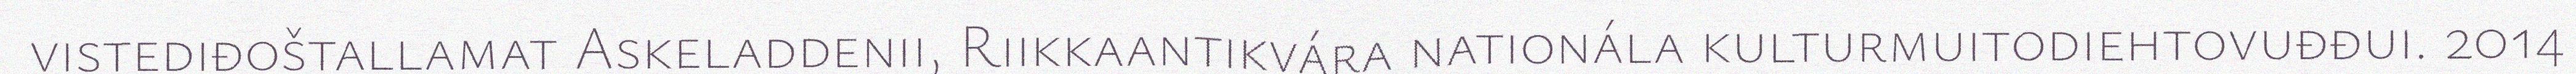
vistediđoštallamat Askeladdenii, Riikkaantikvára nationála kulturmuitodiehtovuđđui. 2014